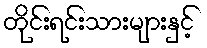
တိုင်းရင်းသားများနှင့်